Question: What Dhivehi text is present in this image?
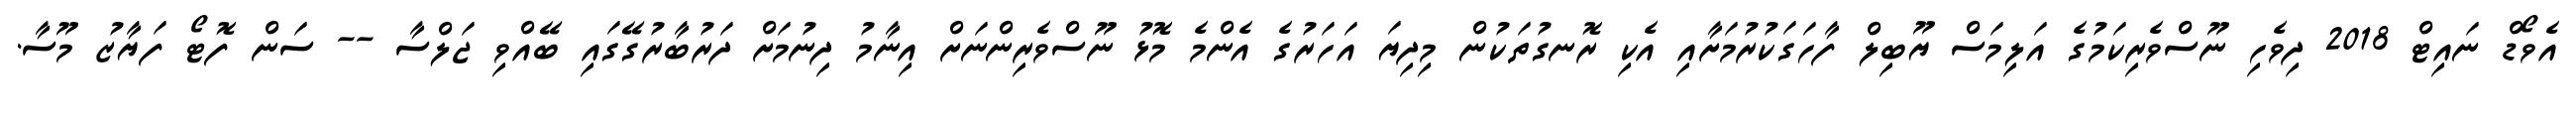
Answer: އެވޯޑް ނައިޓް 2018 ދިވެހި ނޫސްވެރިކަމުގެ އަލިމަސް ޔޫބިލް ފާހަގަކުރުމަށާއި އެކި ރޮނގުތަކުން މިދިޔަ އަހަރުގެ އެންމެ މޮޅު ނޫސްވެރިންނަށް އިނާމު ދިނުމަށް ދަރުބާރުގޭގައި ބޭއްވި ޖަލްސާ -- ސަން ފޮޓޯ ފަޔާޒު މޫސާ.